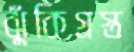
ঝুঁকিগ্রস্ত